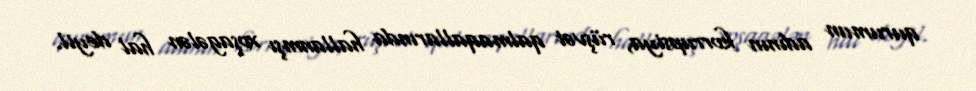
qurumun adının korrupsiya, rüşvət qalmaqallarında hallanmşı xoşagələn hal deyil.